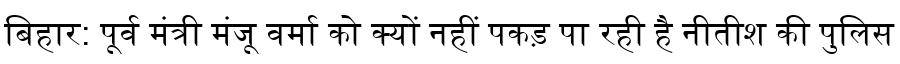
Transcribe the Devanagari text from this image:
बिहार: पूर्व मंत्री मंजू वर्मा को क्यों नहीं पकड़ पा रही है नीतीश की पुलिस